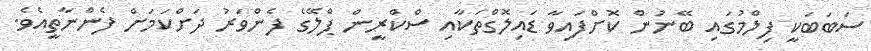
ސަބަބަކީ ފިލްމުގައި ބޭނުން ކޮށްފައިވާ ޑައިލޮގްތަކާއި ސްކްރީން ޕްލޭގެ ފެންވަރު ދަށްކަމަށް ފެންނާތީއެވެ.